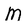
Character: M